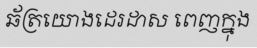
ឆ័ត្រយោងដេរដាស ពេញក្នុង